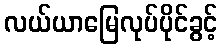
လယ်ယာမြေလုပ်ပိုင်ခွင့်